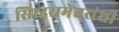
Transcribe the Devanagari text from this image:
सिध्दरामेश्वरांशी